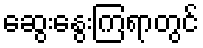
ဆွေးနွေးကြရာတွင်